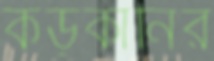
কড়কানির